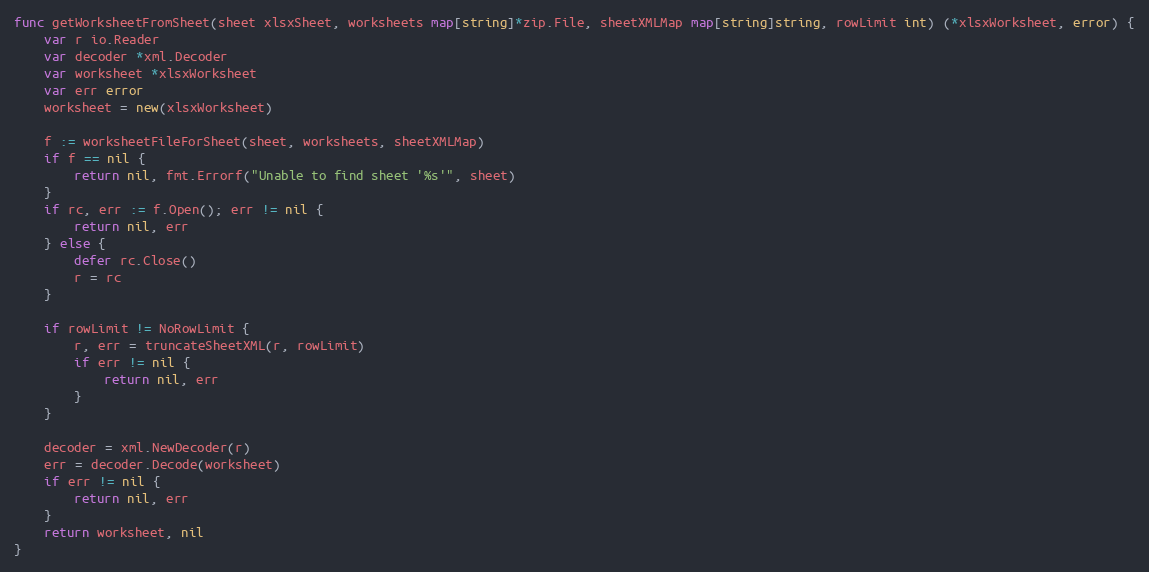
Language: Go
func getWorksheetFromSheet(sheet xlsxSheet, worksheets map[string]*zip.File, sheetXMLMap map[string]string, rowLimit int) (*xlsxWorksheet, error) {
	var r io.Reader
	var decoder *xml.Decoder
	var worksheet *xlsxWorksheet
	var err error
	worksheet = new(xlsxWorksheet)

	f := worksheetFileForSheet(sheet, worksheets, sheetXMLMap)
	if f == nil {
		return nil, fmt.Errorf("Unable to find sheet '%s'", sheet)
	}
	if rc, err := f.Open(); err != nil {
		return nil, err
	} else {
		defer rc.Close()
		r = rc
	}

	if rowLimit != NoRowLimit {
		r, err = truncateSheetXML(r, rowLimit)
		if err != nil {
			return nil, err
		}
	}

	decoder = xml.NewDecoder(r)
	err = decoder.Decode(worksheet)
	if err != nil {
		return nil, err
	}
	return worksheet, nil
}